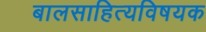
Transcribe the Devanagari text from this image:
बालसाहित्यविषयक